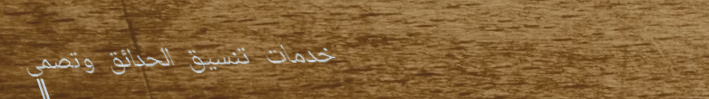
خدمات تنسيق الحدائق وتصمي